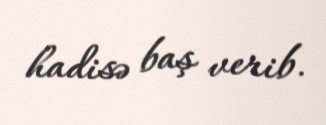
hadisə baş verib.